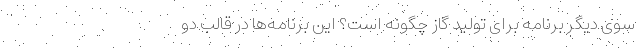
سوی دیگر برنامه برای تولید گاز چگونه است؟ این برنامه‌ها در قالب دو